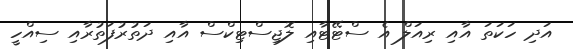
އަދި ހަކަތަ އާއި ރިއަލް އެ ސްޓޭޓާއި ލޮޖިސްޓިކްސް އާއި ދަތުރުފަތުރާއި ސިއްހީ